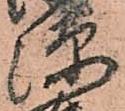
源